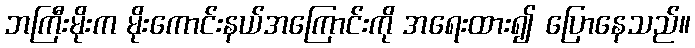
ဘကြီးမိုးက မိုးကောင်းနယ်အကြောင်းကို အရေးထား၍ ပြောနေသည်။